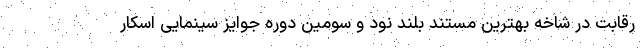
رقابت در شاخه بهترین مستند بلند نود و سومین دوره جوایز سینمایی اسکار